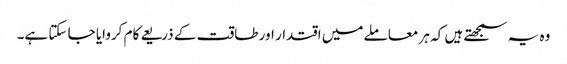
وہ یہ سمجھتے ہیں کہ ہر معاملے میں اقتدار اور طاقت کے ذریعے کام کروایا جا سکتا ہے۔